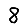
Digit: 8